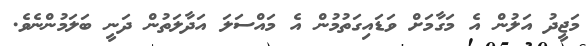
މަޖީދު އަލުން އެ މަގާމަށް ވަޑައިގަތުމުން އެ މައްސަލަ އަދާލަތުން ދަނީ ބަލަމުންނެވެ.